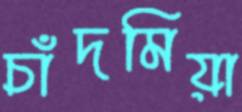
চাঁদমিয়া